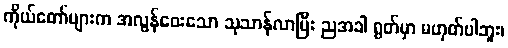
ကိုယ်တော်များက အလွန်ဝေးသော သုသာန်လာပြီး ညအခါ ရွတ်မှာ မဟုတ်ပါဘူး၊